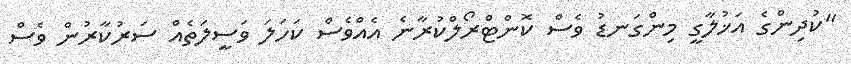
"ކުދިންގެ އަޚުލާގީ މިންގަނޑު ވެސް ކޮންޓްރޯލްކުރާނެ އެއްވެސް ކަހަލަ ވަސީލަތެއް ސަރުކާރުން ވެސް